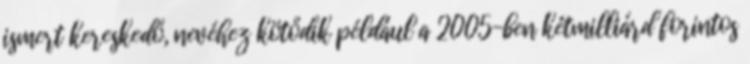
ismert kereskedő, nevéhez kötődik például a 2005-ben kétmilliárd forintos